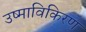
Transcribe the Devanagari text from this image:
उष्माविकिरण